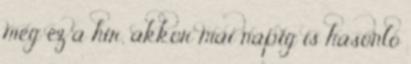
meg ez a hír, akkor mai napig is hasonló